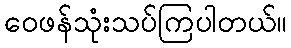
ဝေဖန်သုံးသပ်ကြပါတယ်။